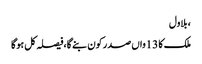
، بلاول
ملک کا 13واں صدر کون بنے گا،فیصلہ کل ہوگا